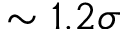
\sim 1 . 2 \sigma